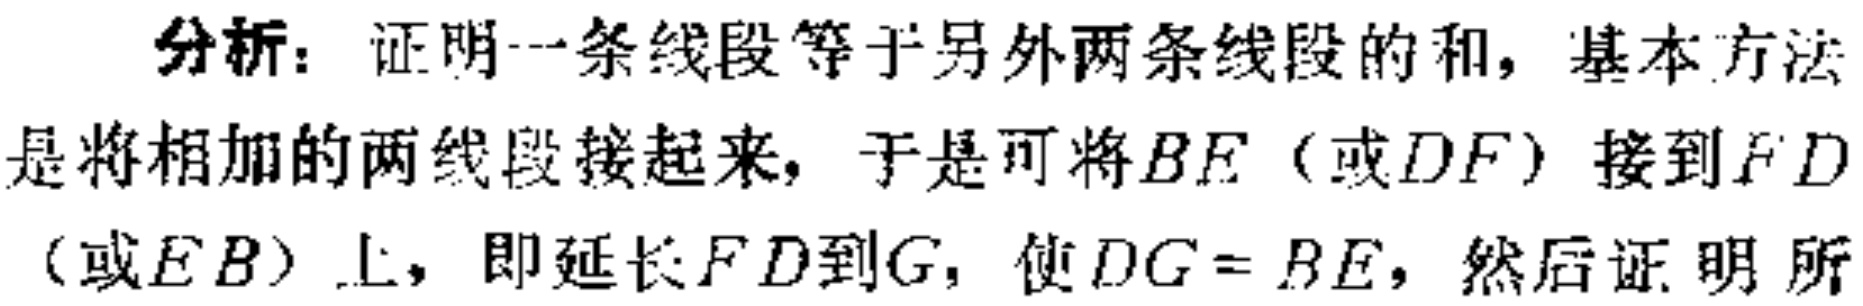
分析：证明一条线段等于另外两条线段的和，基本方法是将相加的两线段接起来，于是可将\(BE\)（或\(DF\)）接到\(FD\)（或\(EB\)）上，即延长\(FD\)到\(G\)，使\(DG = BE\)，然后证明所